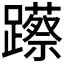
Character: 𮜨